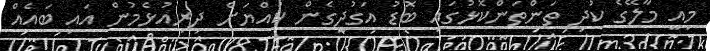
މިއީ މާލޭގެ ކުދި ތަންތަންކޮޅުގައި ބޮޑު އަގުދީގެން ކުއްޔަށް ދިރިއުޅެމުން އައި ބައެއް